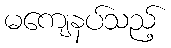
မကျေနပ်သည့်